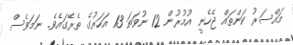
މައްސަރު ކަންތައް ޖެހެނީ އުމުރުން 12 ނުވަތަ 13 އަހަރުގެ ތެރޭގައެވެ. ނަމަވެސް